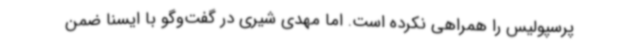
پرسپولیس‌ را همراهی نکرده است. اما مهدی شیری در گفت‌وگو با ایسنا ضمن